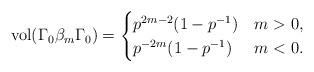
LaTeX: \begin{align*} \mathrm{vol}(\Gamma_0\beta_m\Gamma_0) = \begin{cases} p^{2m-2}(1-p^{-1}) & m > 0,\\ p^{-2m}(1-p^{-1}) & m < 0. \end{cases} \end{align*}